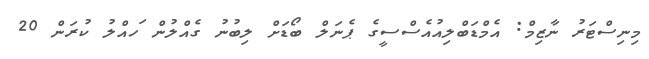
މިނިސްޓަރު ނާޒިމް: އެމްޑަބްލިއުއެސްސީގެ ޕެނަލް ބޯޑަށް ލިބުނު ގެއްލުން ަހއްލު ކުރަން 20